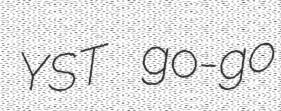
YST go-go